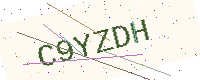
Text: C9YZDH